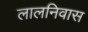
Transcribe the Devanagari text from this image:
लालनिवास